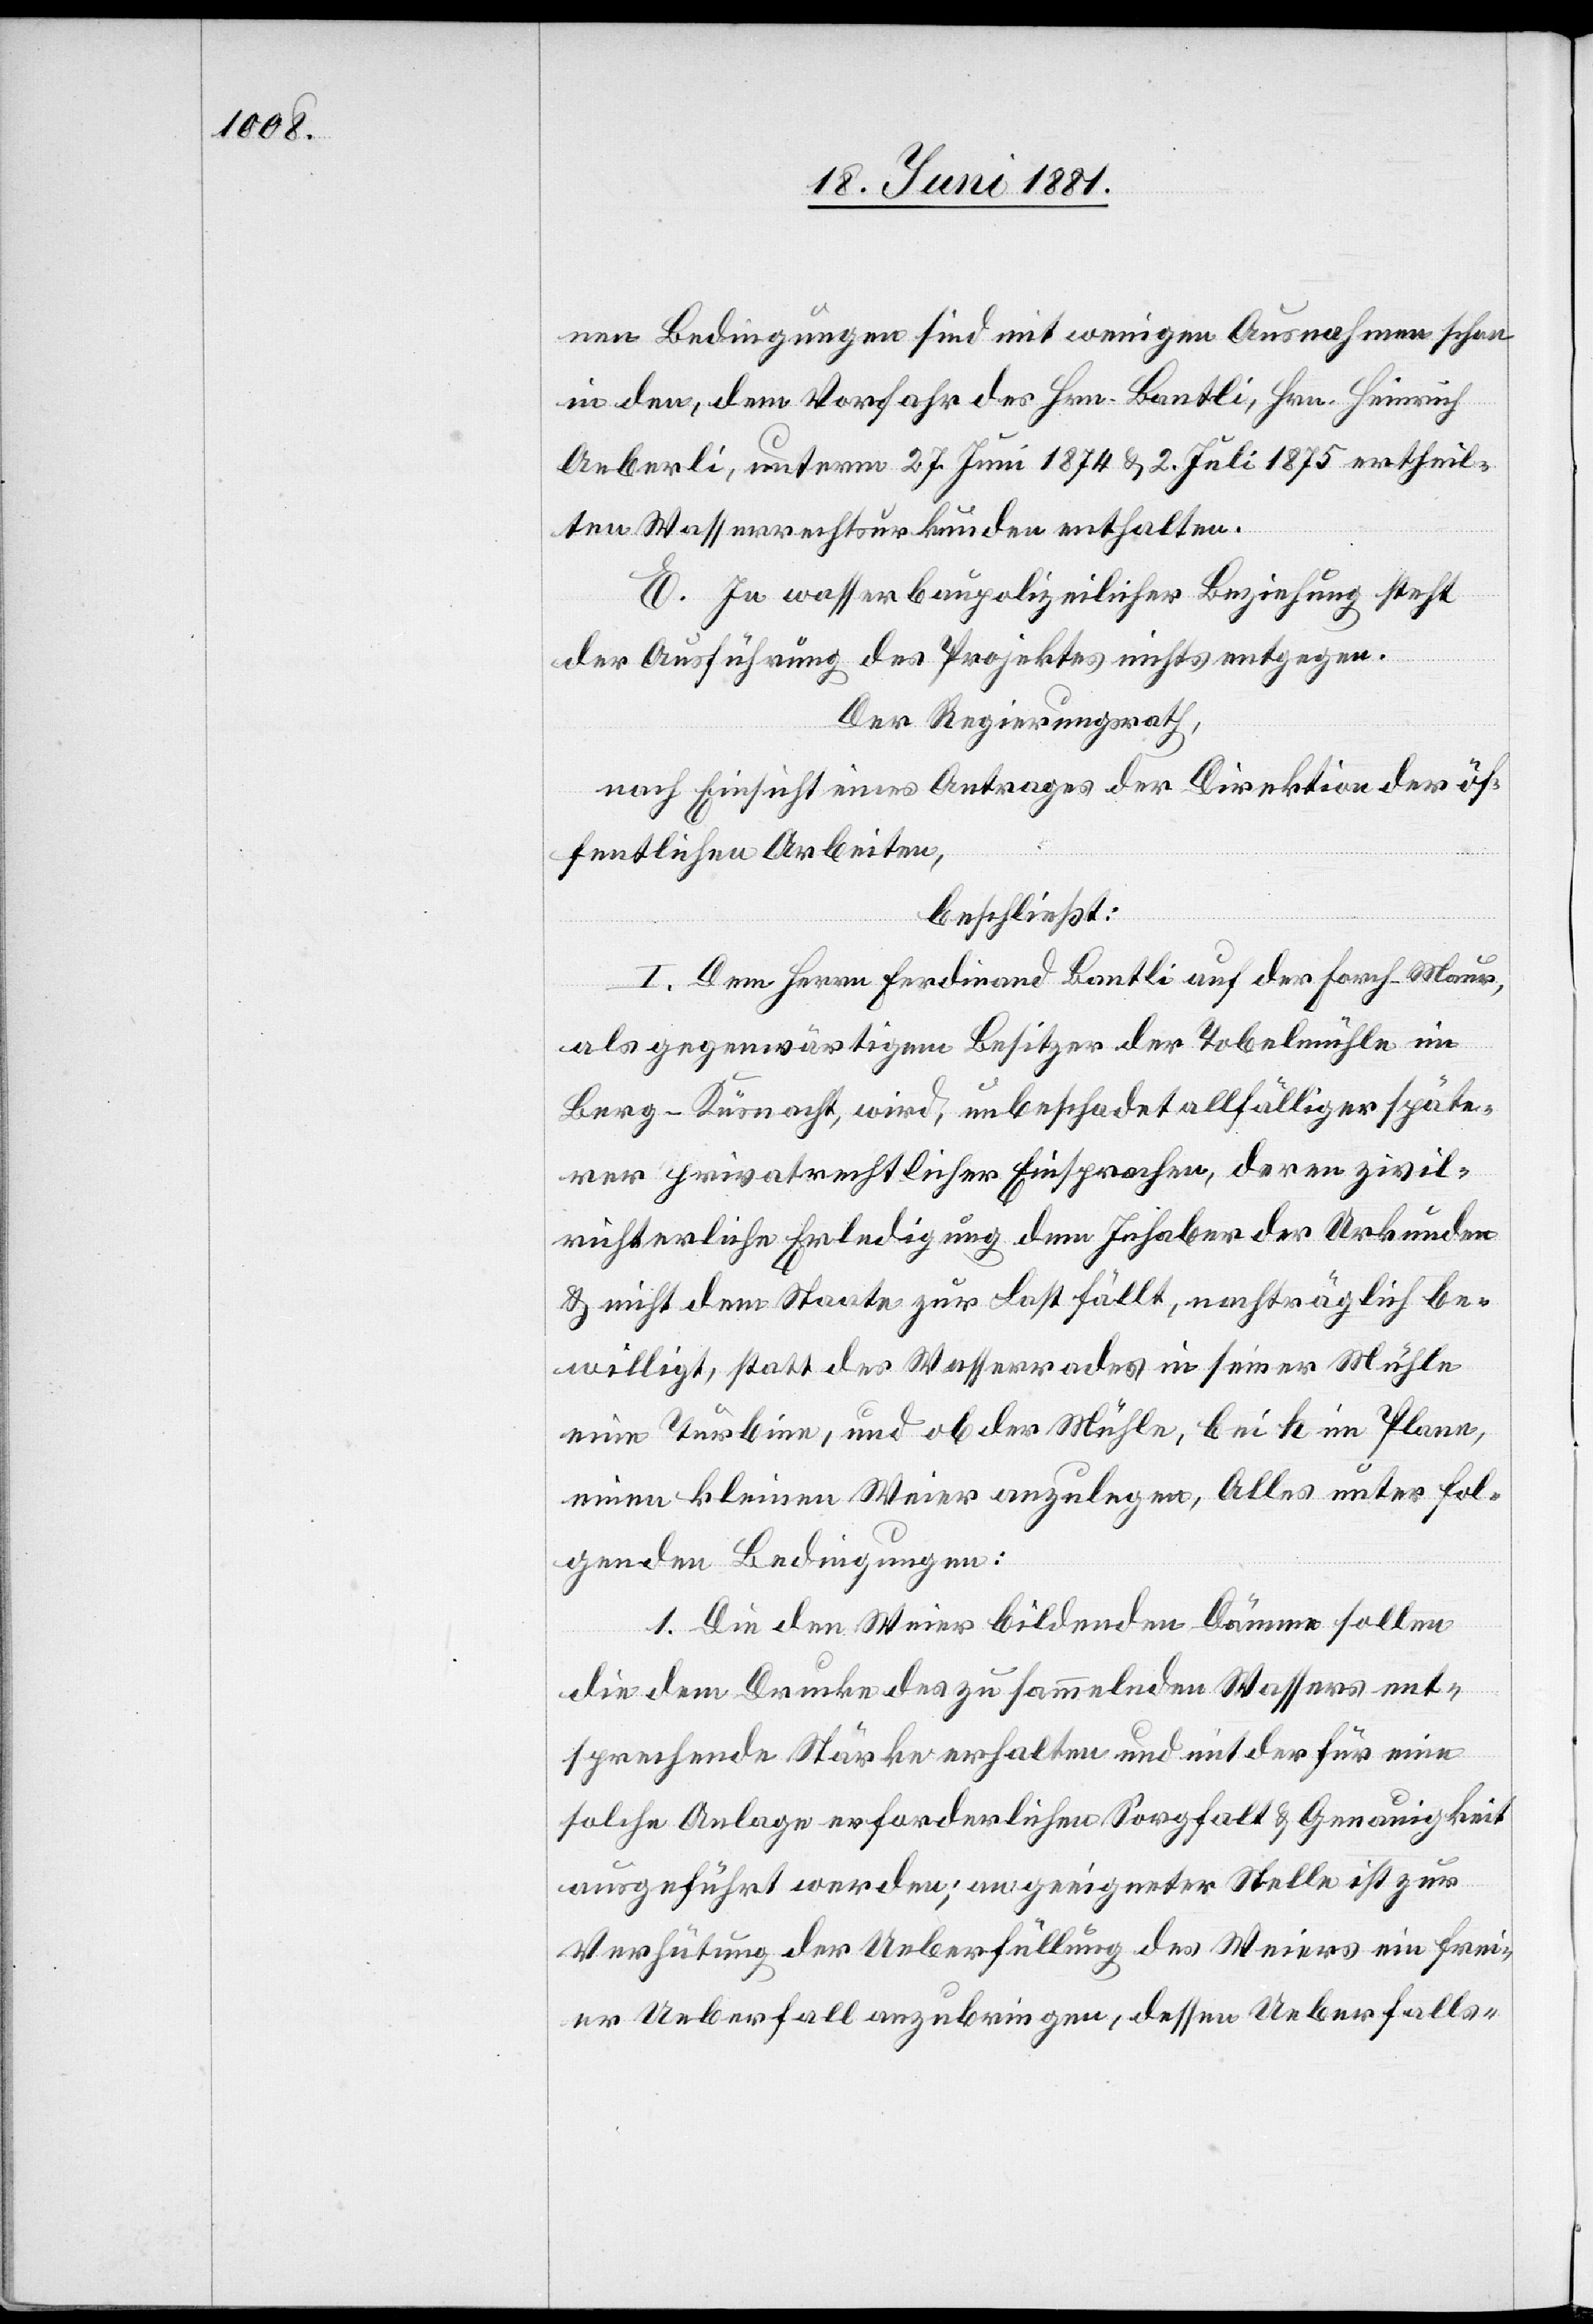
nen Bedingungen sind mit wenigen Ausnahmen schon
in den, dem Vorfahr des Hrn. Bandtli, Hrn. Heinrich
Aeberli, unterm 27. Juni 1874 & 2. Juli 1875 ertheil¬
ten Wasserrechtsurkunden enthalten.
E. In wasserbaupolizeilicher Beziehung steht
der Ausführung des Projektes nichts entgegen.
Der Regierungsrath,
nach Einsicht eines Antrages der Direktion der öf¬
fentlichen Arbeiten,
beschließt:
I. Dem Herrn Ferdinand Bantli auf der Forch - Maur,
als gegenwärtigen Besitzer der Tobelmühle im
Berg - Küsnacht, wird, unbeschadet allfälliger späte¬
rer privatrechtlicher Einsprachen, deren zivil¬
richterliche Erledigung dem Inhaber der Urkunden
& nicht dem Staate zur Last fällt, nachträglich be¬
willigt, statt des Wasserrades in seiner Mühle
eine Turbine, und ob der Mühle, bei h im Plane,
einen kleinen Weier anzulegen, Alles unter fol¬
genden Bedingungen:
1. Die den Weier bildenden Dämme sollen
die dem Drucke des zu sammelnden Wassers ent¬
sprechende Stärke erhalten und mit der für eine
solche Anlage erforderlichen Sorgfalt & Genauigkeit
ausgeführt werden; an geeigneter Stelle ist zur
Verhütung der Ueberfüllung des Weiers ein frei¬
er Ueberfall anzubringen, dessen Ueberfalls-